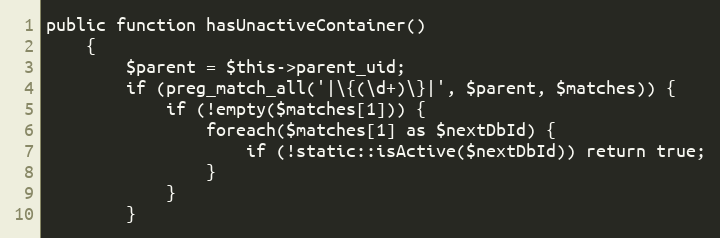
Language: PHP
public function hasUnactiveContainer()
    {
        $parent = $this->parent_uid;
        if (preg_match_all('|\{(\d+)\}|', $parent, $matches)) {
            if (!empty($matches[1])) {
                foreach($matches[1] as $nextDbId) {
                    if (!static::isActive($nextDbId)) return true;
                }
            }
        }